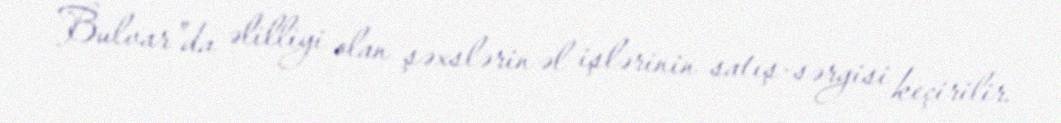
Bulvar”da əlilliyi olan şəxslərin əl işlərinin satış-sərgisi keçirilir.